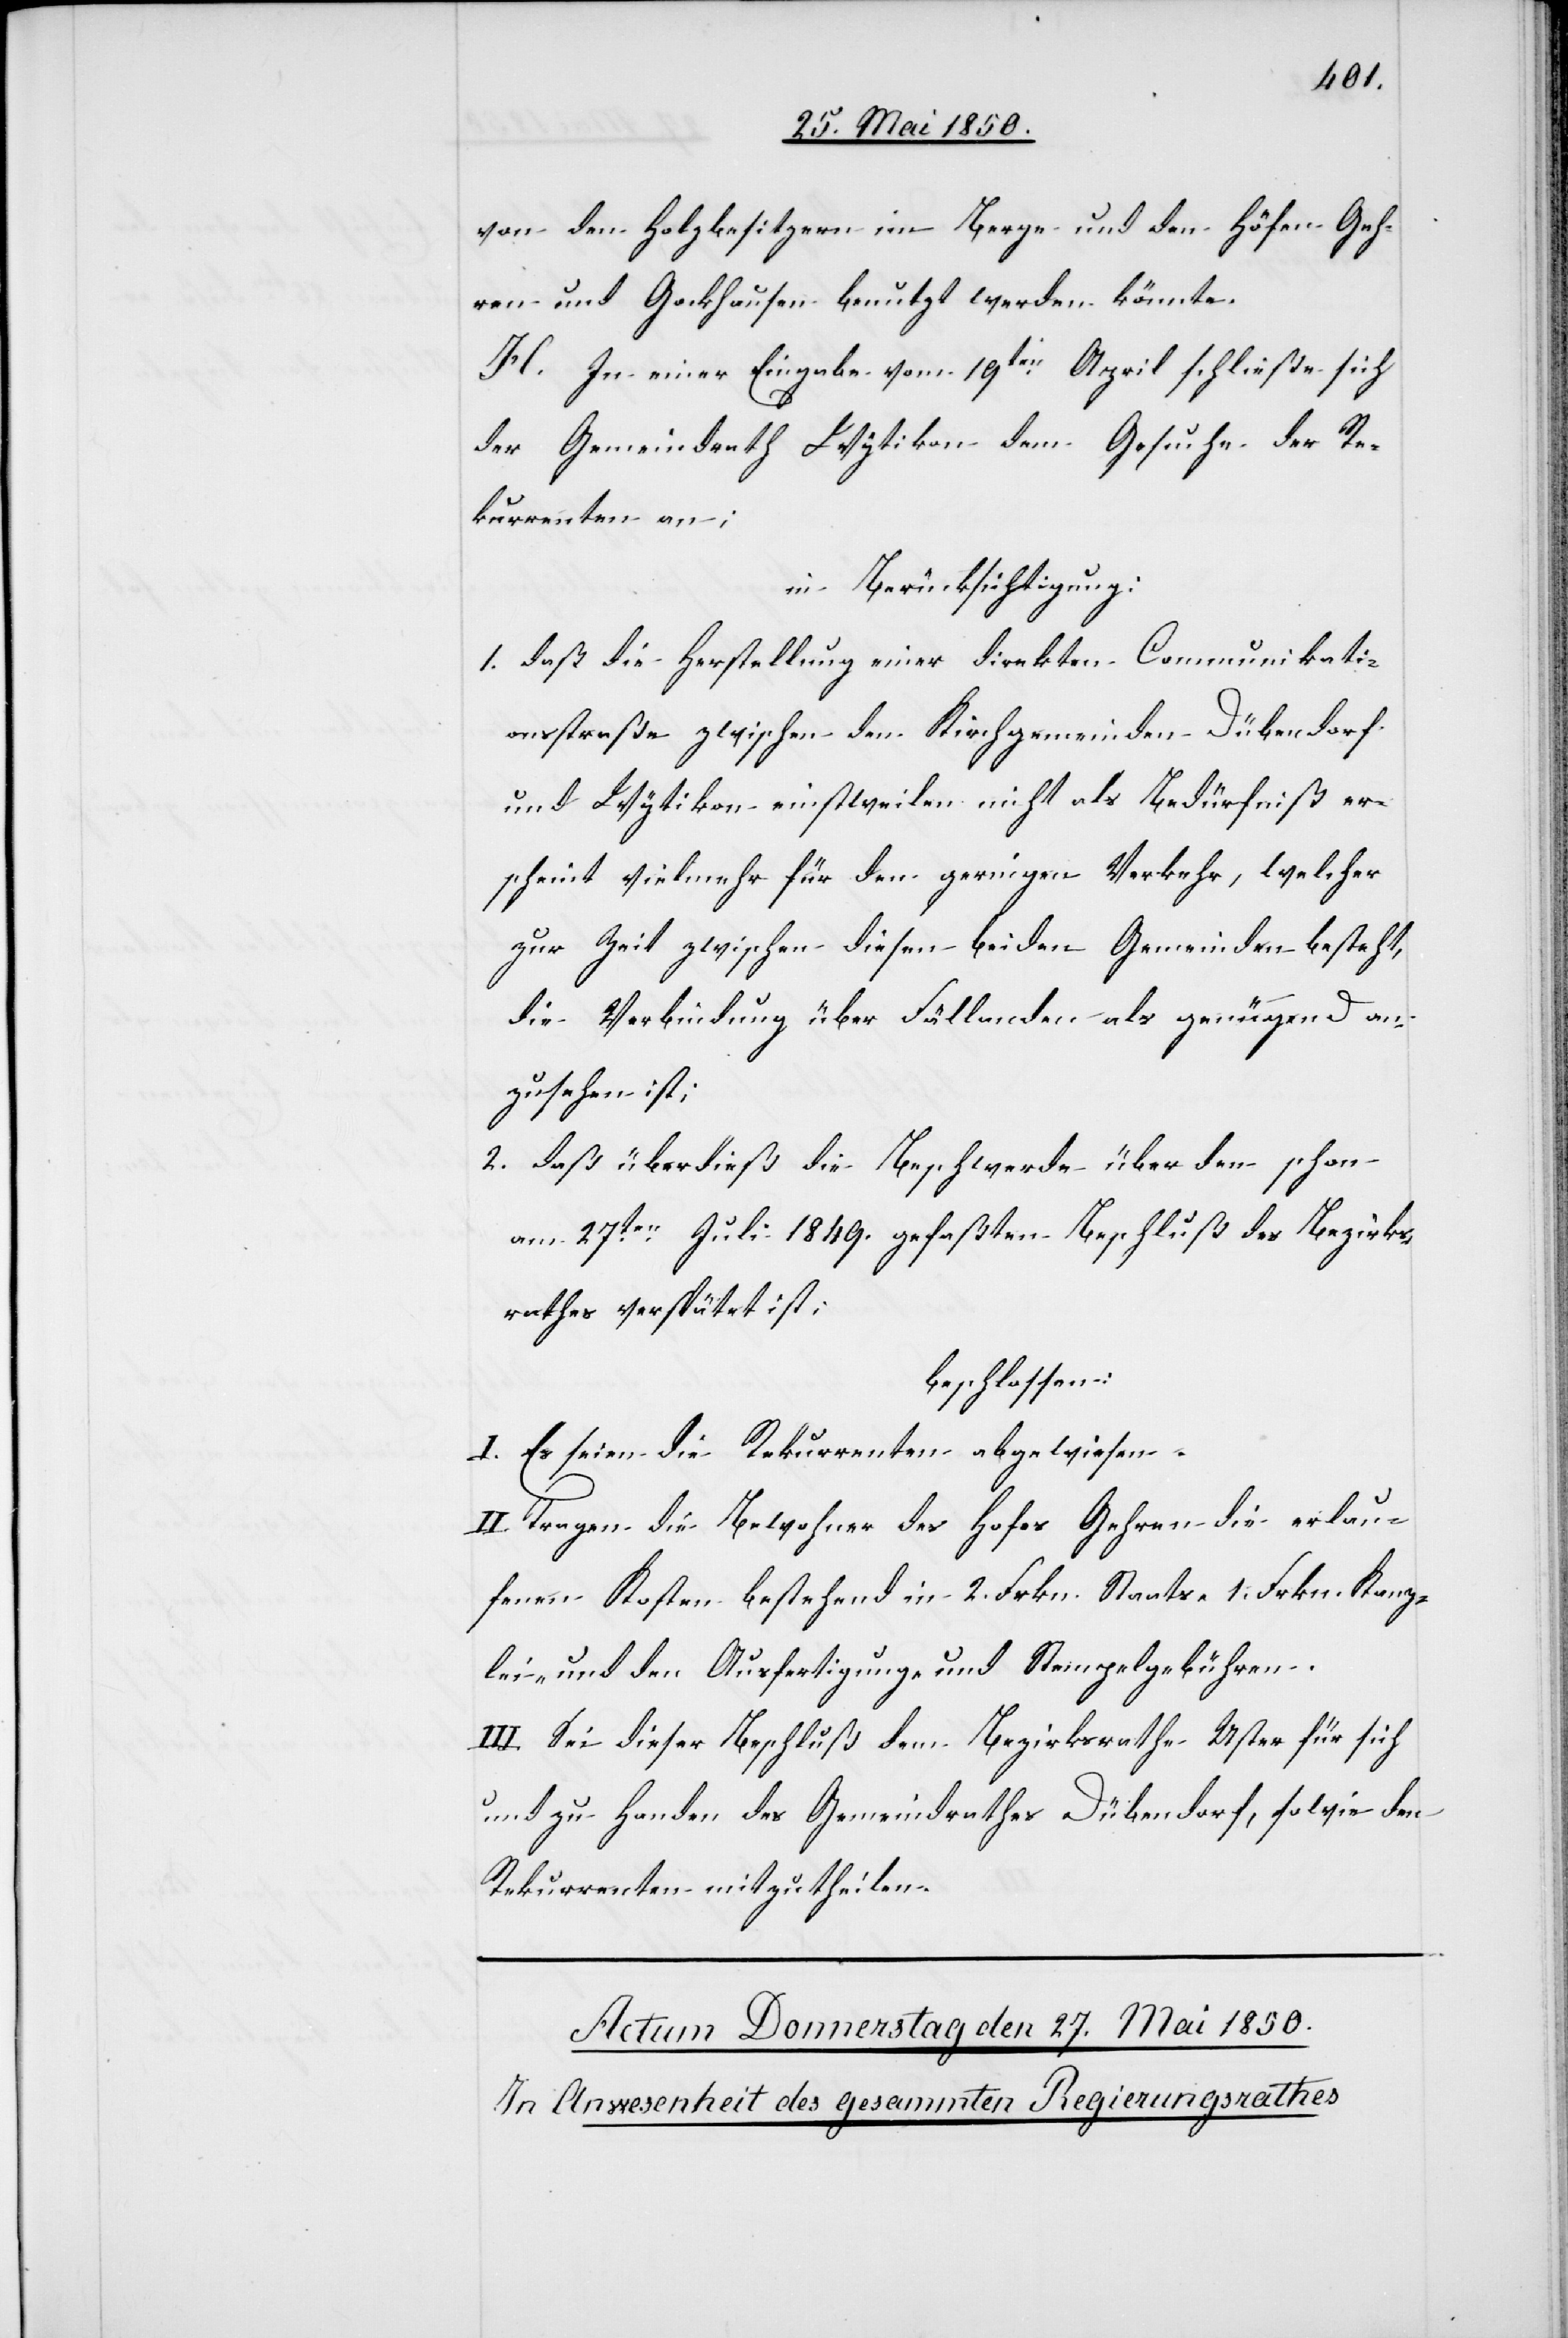
von den Holzbesitzern im Berge und den Höfen Geh¬
ren und Gockhausen benutzt werden könnte.
H. In einer Eingabe vom 19ten April schließe sich
der Gemeindrath Wytikon dem Gesuche der Re¬
kurrenten an;
in Berücksichtigung:
1. daß die Herstellung einer direkten Communikati¬
onsstraße zwischen den Kirchgemeinden Dübendorf
und Wytikon einstweilen nicht als Bedürfniß er¬
scheint vielmehr für den geringen Verkehr, welcher
zur Zeit zwischen diesen beiden Gemeinden besteht,
die Verbindung über Fällanden als genügend an¬
zusehen ist;
2. daß überdieß die Beschwerde über den schon
am 27ten Juli 1849. gefaßten Beschluß des Bezirks¬
rathes verspätet ist;
beschlossen:
I. Es seien die Rekurrenten abgewiesen.
II. Tragen die Bewohne des Hofes Gehren die erlau¬
fenen Kosten bestehend in 2. Frkn. Staats- 1. Frkn. Kanz¬
lei- und den Ausfertigung- und Stempelgebühren.
III. Sei dieser Beschluß dem Bezirksrathe Uster für sich
und zu Handen des Gemeindrathes Dübendorf, sowie den
Rekurrenten mitzutheilen.